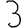
Digit: 3